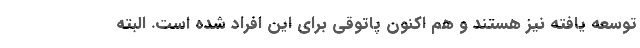
توسعه یافته نیز هستند و هم اکنون پاتوقی برای این افراد شده است. البته